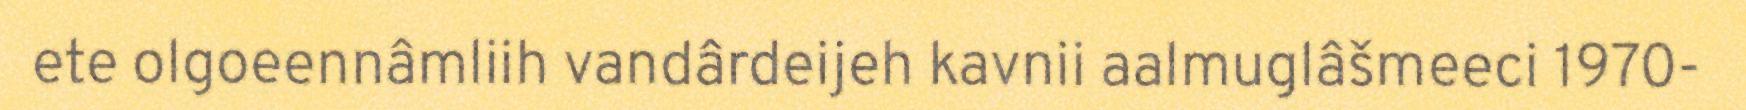
ete olgoeennâmliih vandârdeijeh kavnii aalmuglâšmeeci 1970-